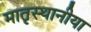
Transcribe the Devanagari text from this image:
मातृस्थानीया